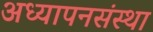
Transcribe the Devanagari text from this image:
अध्यापनसंस्था